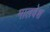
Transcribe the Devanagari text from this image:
मालवेश